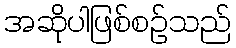
အဆိုပါဖြစ်စဉ်သည်